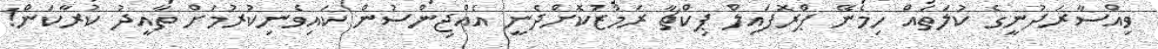
ވިއްސާރަދުނީގެ ކުލަތައް ހިމެނޭ ޕްރޮފައިލް ޕިކްޗާ ރަމްޒުކޮށްދެނީ އެއްޖިންސުން ކައިވެނިކުރުމަށް ތާއީދު ކުރާކަން!